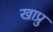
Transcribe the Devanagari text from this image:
खाप्रु